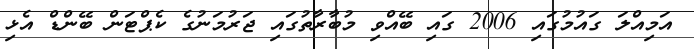
އަމިއްލަ ގައުމުގައި 2006 ގައި ބޭއްވި މުބާރާތުގައި ޖަރުމަނުގެ ކެޕްޓަން ބޭންޑް އެޅި